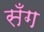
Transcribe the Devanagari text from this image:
सँग